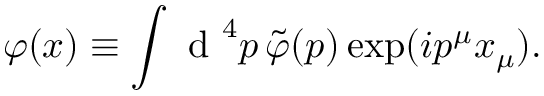
\varphi ( x ) \equiv \int \textrm { d } ^ { 4 } p \, \tilde { \varphi } ( p ) \exp ( i p ^ { \mu } x _ { \mu } ) .